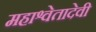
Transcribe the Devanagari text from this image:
महाश्वेतादेवी